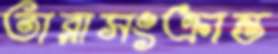
তারাসংক্রান্ত